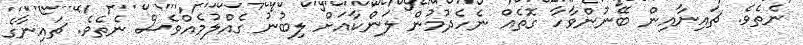
ނެތެވެ. ޗައިނާއިން ބޭނުންވާހާ ގޮތެއް ނެހެދުމުން ލަންކާއަށް ލިބުނު ގެއްލުމެއްވެސް ނެތެވެ. ޗައިނާގެ